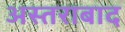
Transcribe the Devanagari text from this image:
अस्तराबाद